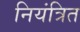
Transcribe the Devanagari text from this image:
नियंत्रित